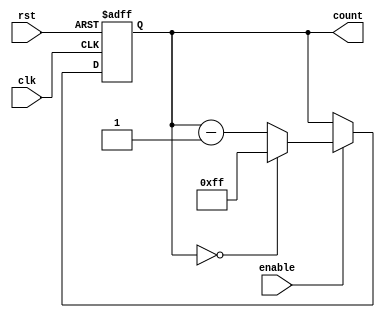
module ModNDownCounter (
  input wire clk,
  input wire rst,
  input wire enable,
  output reg [7:0] count
);

parameter N = 255;

always @(posedge clk or posedge rst) begin
  if (rst) begin
    count <= N;
  end else begin
    if (enable) begin
      if (count == 0) begin
        count <= N;
      end else begin
        count <= count - 1;
      end
    end
  end
end

endmodule